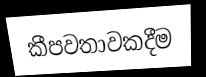
කීපවතාවකදීම